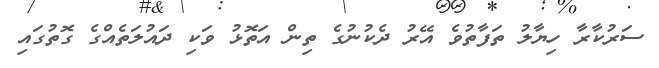
ސަރުކާރާ ހިޔާލު ތަފާތުވެ އޭރު ދެކުނުގެ ތިން އަތޮޅު ވަކި ދައުލަތެއްގެ ގޮތުގައި